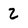
Character: 2